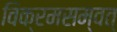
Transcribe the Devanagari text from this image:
विक्रमसम्वत्